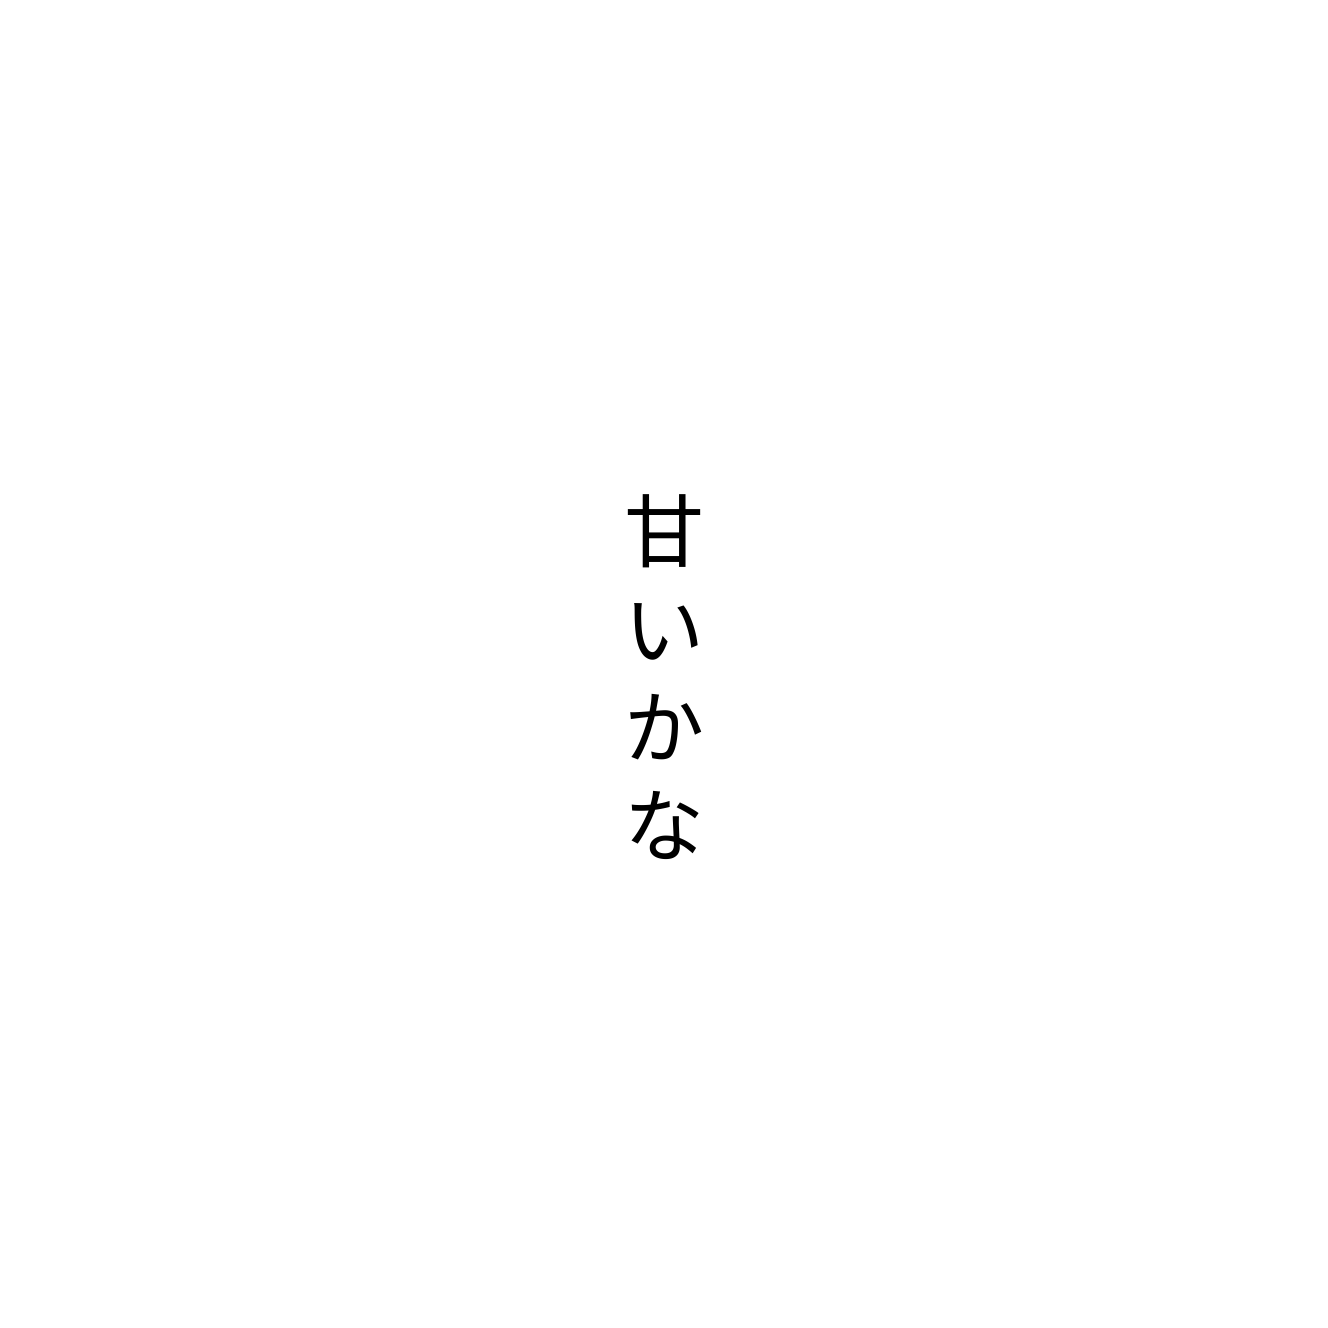
甘いかな